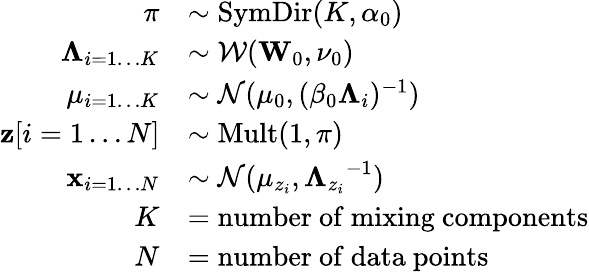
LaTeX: {\begin{array}{rl}{\mathbf{\pi}}&{\sim\operatorname{SymDir}(K,\alpha_{0})}\\ {\mathbf{\Lambda}_{i=1\dots K}}&{\sim{\mathcal{W}}(\mathbf{W}_{0},\nu_{0})}\\ {\mathbf{\mu}_{i=1\dots K}}&{\sim{\mathcal{N}}(\mathbf{\mu}_{0},(\beta_{0}\mathbf{\Lambda}_{i})^{-1})}\\ {\mathbf{z}[i=1\dots N]}&{\sim\operatorname{Mult}(1,\mathbf{\pi})}\\ {\mathbf{x}_{i=1\dots N}}&{\sim{\mathcal{N}}(\mathbf{\mu}_{z_{i}},{\mathbf{\Lambda}_{z_{i}}}^{-1})}\\ {K}&{={\mathrm{number~of~mixing~components}}}\\ {N}&{={\mathrm{number~of~data~points}}}\end{array}}